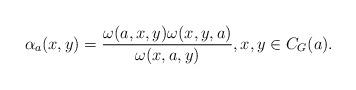
LaTeX: \begin{align*}\alpha_{a}(x,y) =\frac{\omega(a,x,y)\omega(x,y,a)}{\omega(x,a,y)}, x,y \in C_G(a).\end{align*}